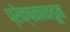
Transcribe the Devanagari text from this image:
प्रेक्षकाकडून